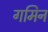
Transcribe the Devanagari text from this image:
गमिन